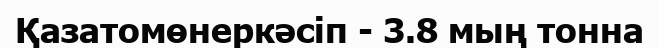
Қазатомөнеркәсіп - 3.8 мың тонна